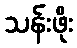
သန်းဖိုး